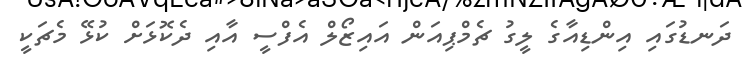
ދަނޑުގައި އިންޑިއާގެ ލީގު ޗެމްޕިއަން އައިޒޯލް އެފްސީ އާއި ދެކޮޅަށް ކުޅޭ މެޗަކީ